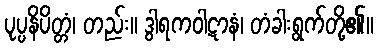
ပုပ္ပနိပိတ္တံ၊ တည်း။ ဒွါရကဝါဋာနံ၊ တံခါးရွက်တို့၏။